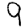
Digit: 9